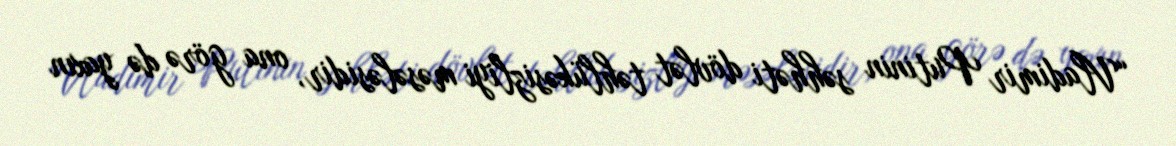
“Vladimir Putinin səhhəti dövlət təhlükəsizliyi məsələsidir, ona görə də yaxın